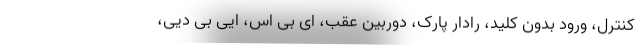
کنترل، ورود بدون کلید، رادار پارک، دوربین عقب، ای بی اس، ایی بی دیی،